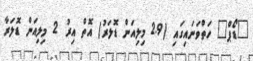
"ޑޯޕް" ހަތްވަނައިގައި (2.9 މިލިއަން ޑޮލަރު) އޮތް އިރު 2 މިލިއަން ޑޮލަރާ